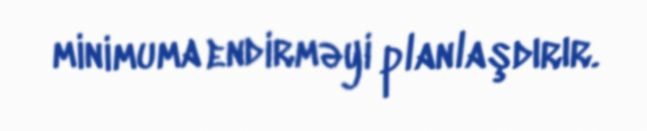
minimuma endirməyi planlaşdırır.